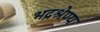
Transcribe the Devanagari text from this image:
भद्रश्रेण्य